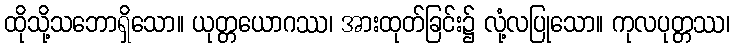
ထိုသို့သဘောရှိသော။ ယုတ္တယောဂဿ၊ အားထုတ်ခြင်း၌ လုံ့လပြုသော။ ကုလပုတ္တဿ၊